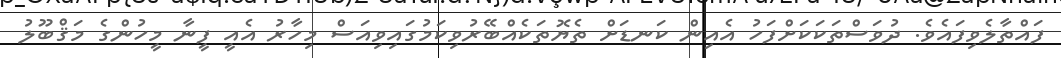
ފައްތާލެވިފައެވެ. ދުވަސްތަކަކަށްފަހު އެއިން ކަނޑަށް ތެޔޮތަކެއްބޭރުވިކަމުގައިވިއަސް މިހާރު އެއީ ފީނާ މީހުންގެ މަޤްބޫލު